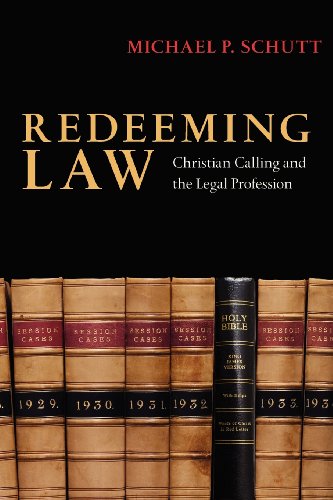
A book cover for Redeeming Law: Christian Calling and the Legal Profession; Michael P. Schutt; Law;